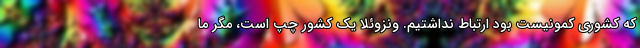
که کشوري کمونيست بود ارتباط نداشتيم. ونزوئلا يک کشور چپ است، مگر ما